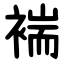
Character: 褍